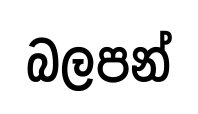
බලපන්